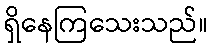
ရှိနေကြသေးသည်။